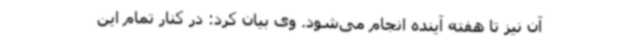
آن نیز تا هفته آینده انجام می‌شود. وی بیان کرد: در کنار تمام این